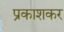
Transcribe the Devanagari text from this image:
प्रकाशकर